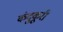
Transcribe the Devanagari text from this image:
कंदुकूरी